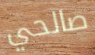
صالحي